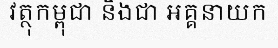
វត្ថុកម្ពុជា និងជា អគ្គនាយក